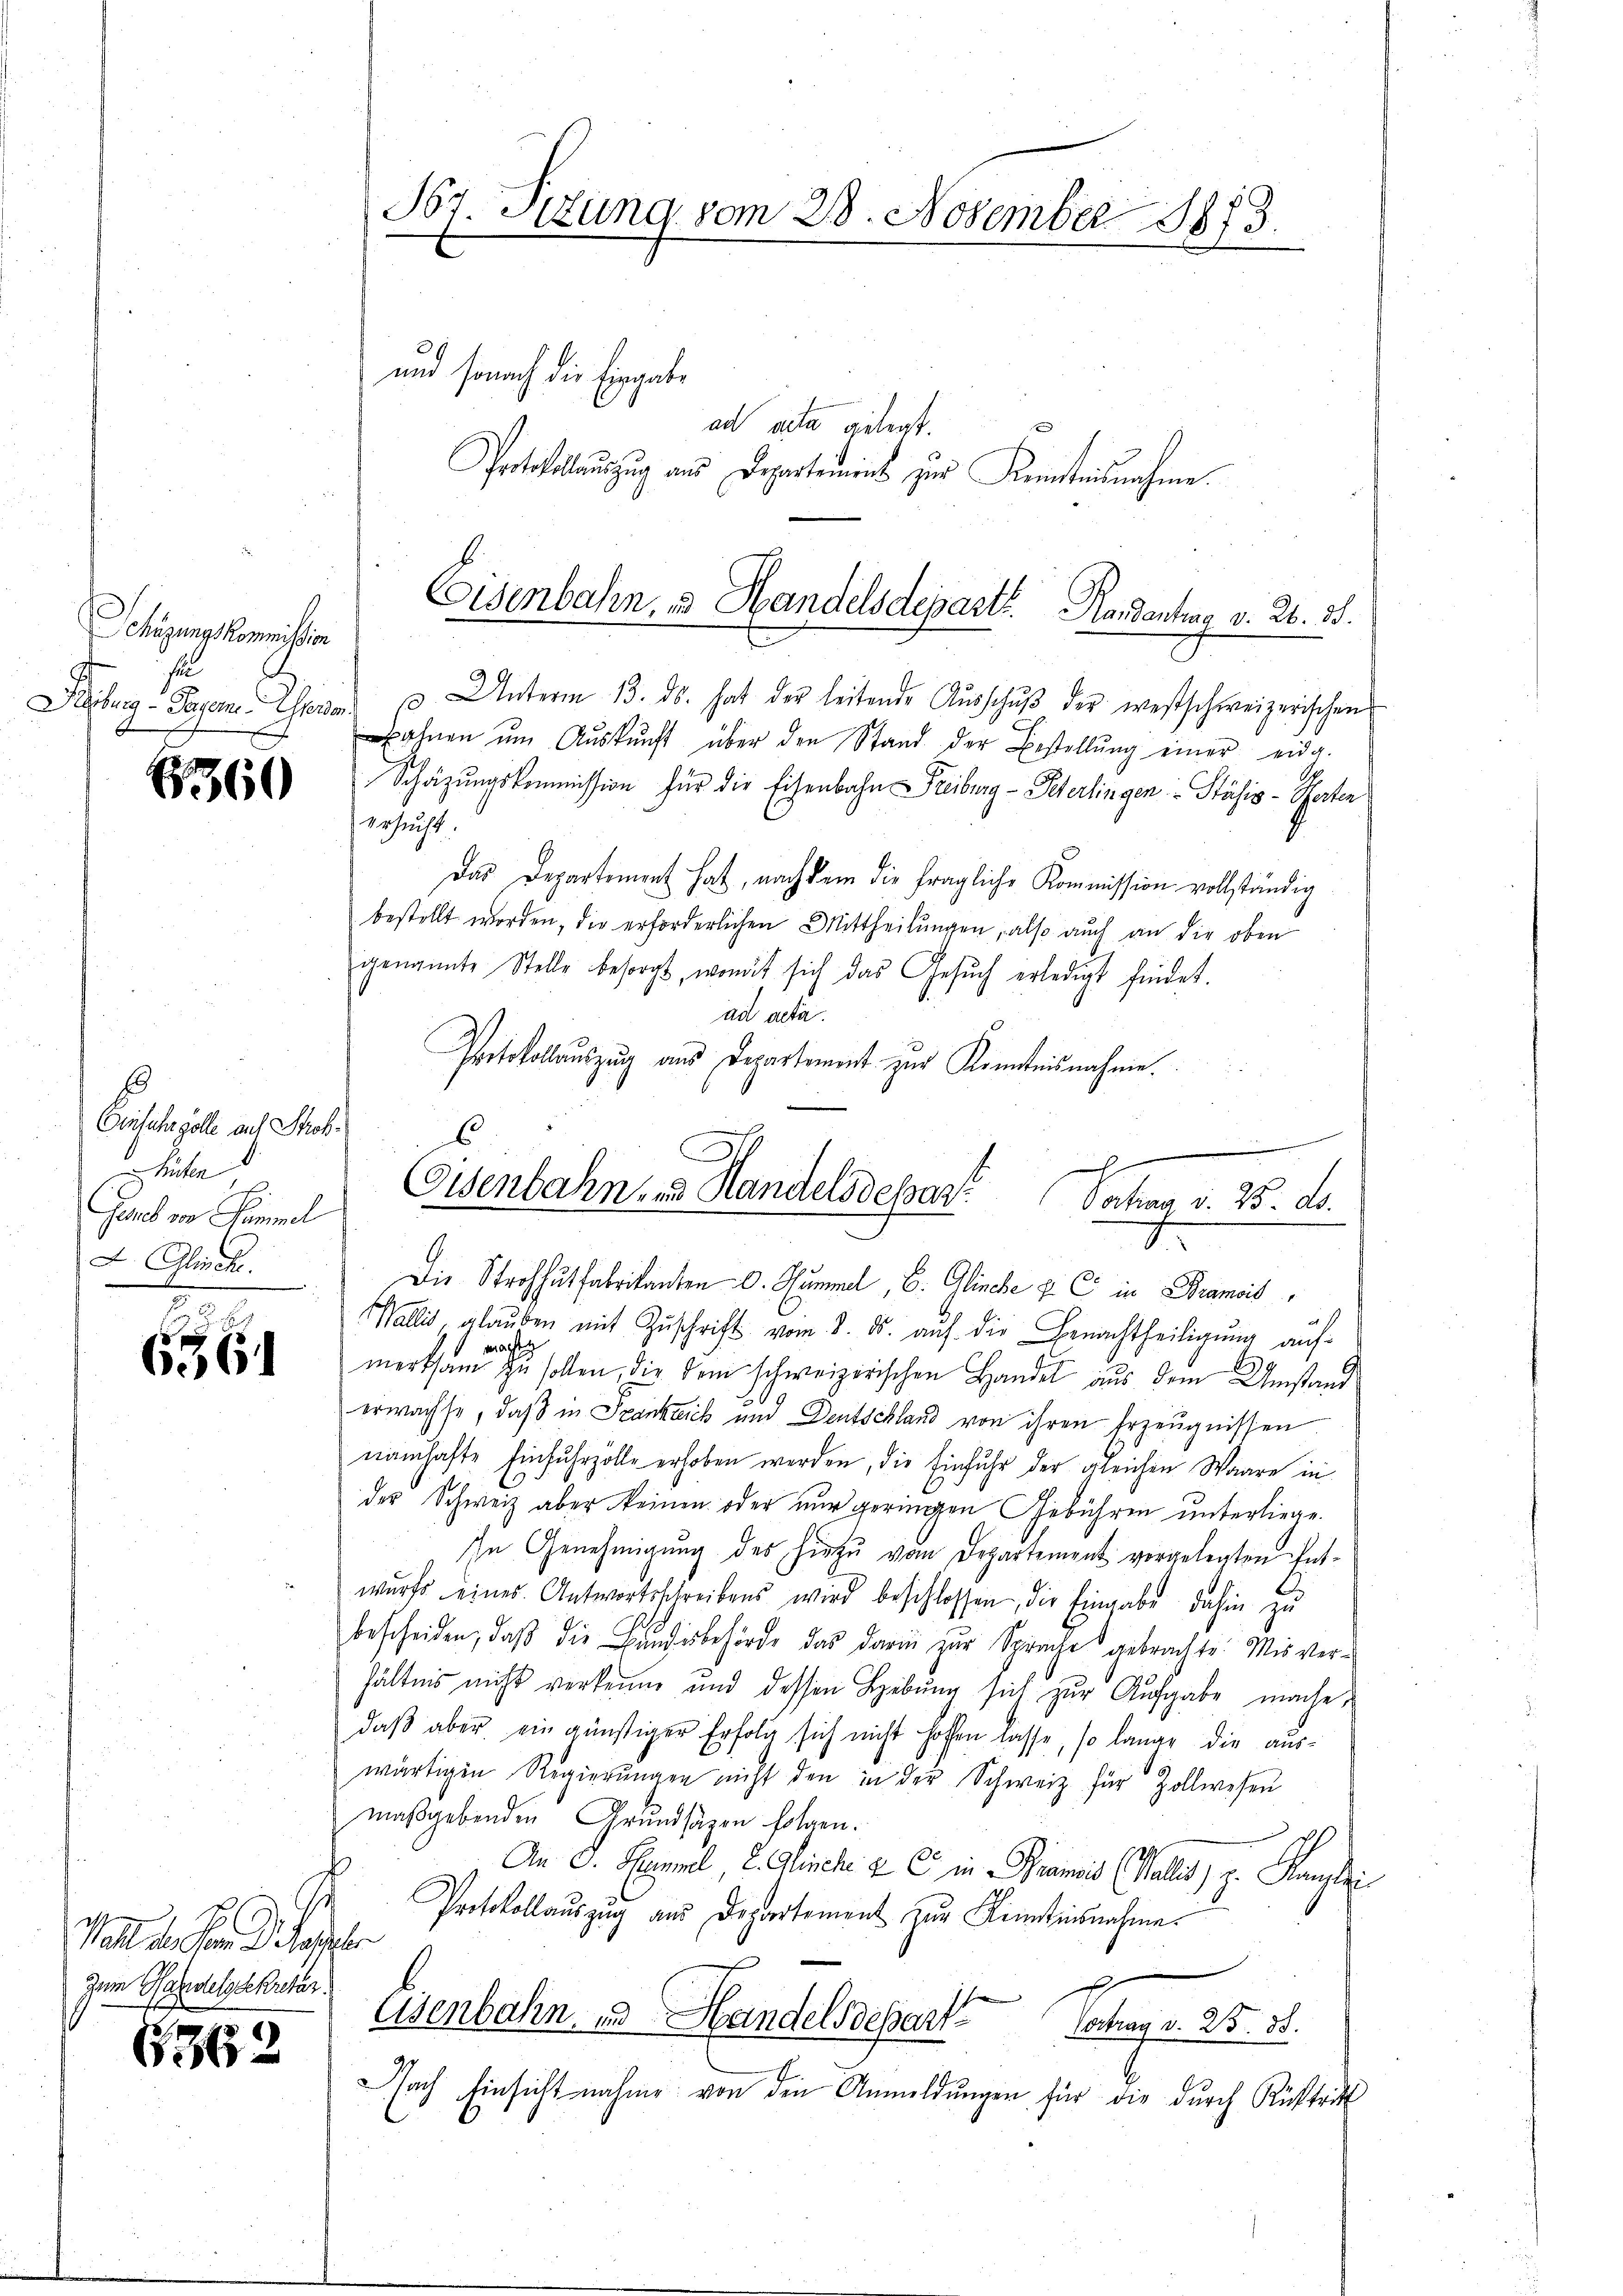
Schazungskommission
s

6360

8
Einfuhrzolle auf Strohhüten,
Geruch von Semmel
 Glische

6

Wahl des Semesser
zum Hasels Sekretär

6362

und sonach die Eingabe
ad acta gelegt.
Protokolauszug aus Departement zur Kenntnisnahme.
Deiburg - Sagen. Weide u. Unterm 13. ds. hat der leitende Ausschuß der westschweizerischen
ahnen ŭm Aŭskŭnft über den Stand der Bestellŭng einer eidg.
Schätzungskommission für die Eisenbahn Freiburg - Peterlingen Stähis-Pater
ersucht.
Das Departement hat, nachdem die fragliche Kommission vollständig
bestellt worden, die erforderlichen Mittheilungen, also auch an die oben
genannte Stelle besorgt, womit sich das Gesŭch erledigt findet.
ad acta.
Protokollauszug aus Departement zur Kenntnisnahme
Die Strohhutfabrikanten O. Summel, E. Glinche u. C in Bramois,
Wallis glaŭben mit Zŭschrift vom 3. ds. aŭf die Benachtheiligŭng aŭf-
machte
merksam zu sollen, die dem schweizerischen Handel aus dem Umstand
erwachse, daß in Frankreich und Deutschland von ihren Erzeugnissen
namhafte Einfuhrzolle erhoben werden, die Einfuhr der gleichen Waare in
der Schweiz aber keinen oder nur geringen Gebühren unterliege.
In Genehmigung des hiezu von Departement vorgelegten Entwurfs eines Antwortsschreibens wird beschlossen, die Eingabe dahin zu
bescheiden, daβ die Bŭndesbehörde das darin zŭr Sprache gebrachte. Mir ver-
hältnis nicht verkenne und dessen Hebŭng sich zur Aufgabe mache,
daβ aber ein günstiger Erfolg sich nicht hoffen lasse, so lange die auswärtigen Regierŭngen nicht den in der Schweiz für Zollwesen
maßgebenden Grundsäzen folgen.
An I. Semmel, 2. Glische 2 C in Brandis (Wallis, z. Kanzlei
Protokollauszug aus Departement zur Kenntnisnahme
E
Eisenbahn, und Handelsdepart
Vortrag d. 25. 28.
ach Einsicht nahme von den Anmeldŭngen für die durch Rücktrit

Sr Sitzung vom 28. November 1873.

Eisenbahn, u. Handelsdepartt. Handenting v. 26. 81.

Eisenbahnen Handelsdepart Sachen d. 25. ds.
.